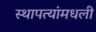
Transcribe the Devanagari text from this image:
स्थापत्यांमधली